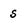
Character: s